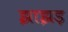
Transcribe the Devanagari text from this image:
झाझड़